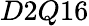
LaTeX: D2Q16